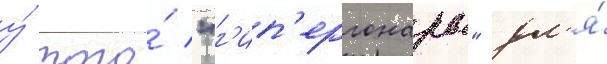
у́ того́ "г'ип'ергонары" дл'я́